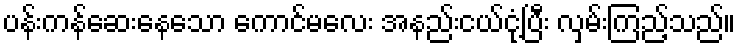
ပန်းကန်ဆေးနေသော ကောင်မလေး အနည်းငယ်ငုံ့ပြီး လှမ်းကြည့်သည်။